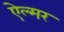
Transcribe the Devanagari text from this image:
ऐल्मर